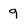
Character: 9